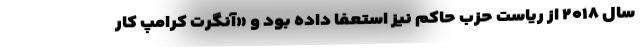
سال ۲۰۱۸ از ریاست حزب حاکم نیز استعفا داده بود و «آنگرت کرامپ کار